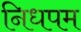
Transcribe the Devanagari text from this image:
निधपम